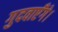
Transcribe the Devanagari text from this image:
गुदवाएँगे।